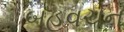
બહૂવચન